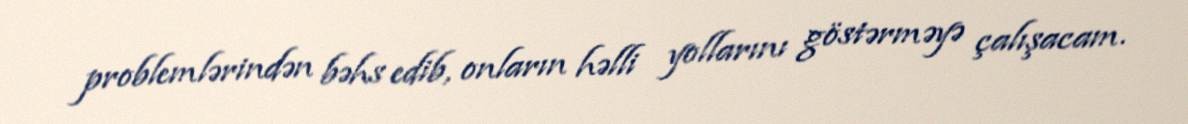
problemlərindən bəhs edib, onların həlli yollarını göstərməyə çalışacam.